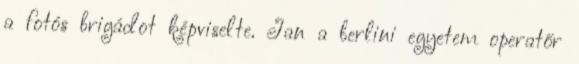
a fotós brigádot képviselte. Jan a berlini egyetem operatőr